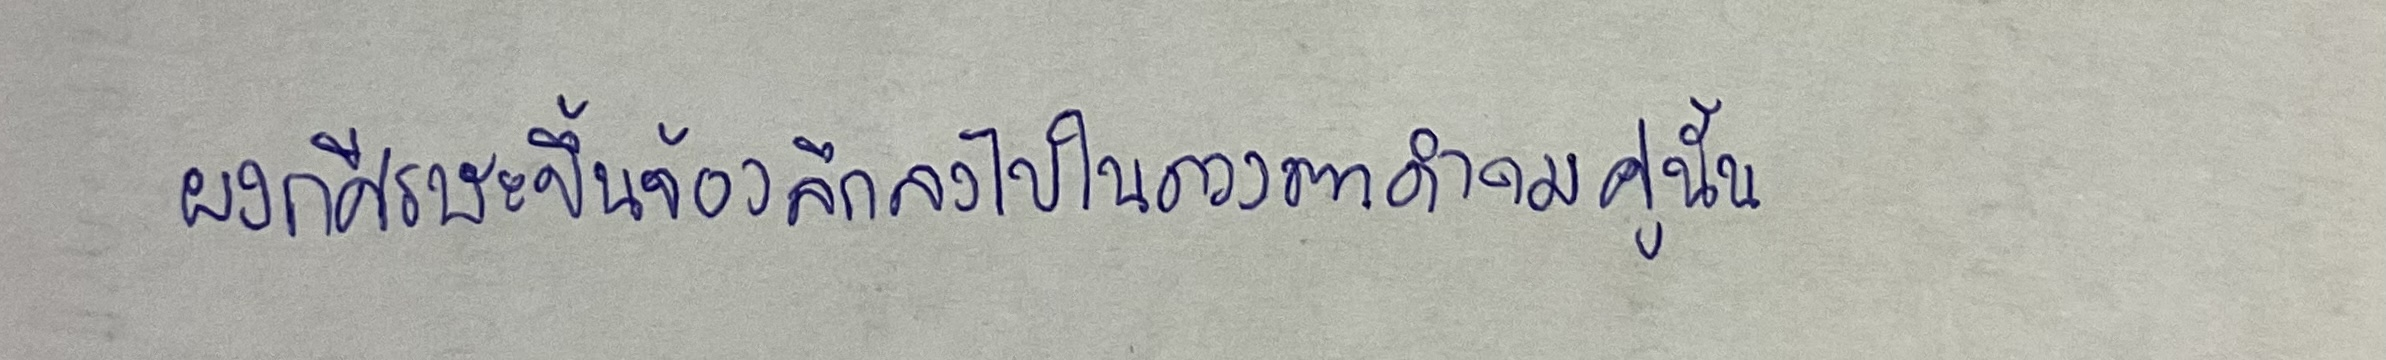
ผงกศีรษะขึ้นจ้องลึกลงไปในดวงตาดำคมคู่นั้น